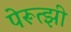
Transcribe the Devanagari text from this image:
पेरूत्झी